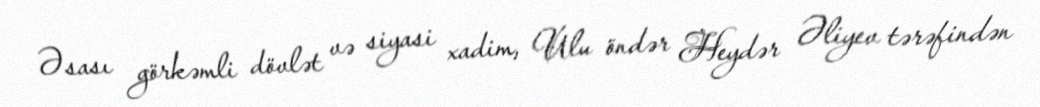
Əsası görkəmli dövlət və siyasi xadim, Ulu öndər Heydər Əliyev tərəfindən